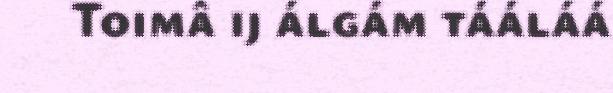
Toimâ ij álgám tááláá